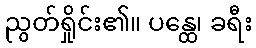
ညွတ်ရှိုင်း၏။ ပန္ထေ၊ ခရီး